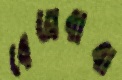
বেজবাবা